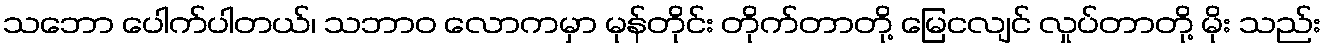
သဘော ပေါက်ပါတယ်၊ သဘာဝ လောကမှာ မုန်တိုင်း တိုက်တာတို့ မြေငလျင် လှုပ်တာတို့ မိုး သည်း